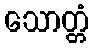
သောတ္တံ